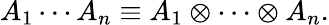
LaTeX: A_{1}\cdots A_{n}\equiv A_{1}\otimes\cdots\otimes A_{n}.